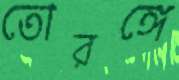
তোরঙ্গে